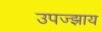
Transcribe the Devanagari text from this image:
उपज्झाय